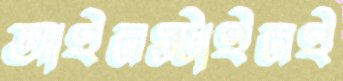
আইনস্টাইনই